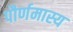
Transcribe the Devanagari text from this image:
पौर्णमास्य